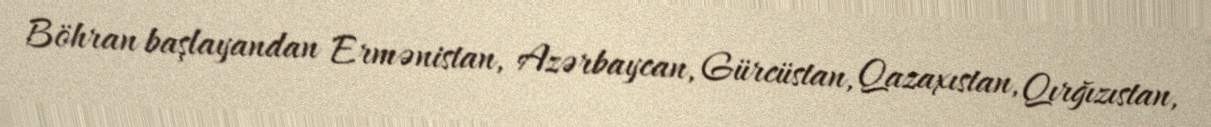
Böhran başlayandan Ermənistan, Azərbaycan, Gürcüstan, Qazaxıstan, Qırğızıstan,